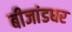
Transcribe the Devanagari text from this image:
बीजांडघर